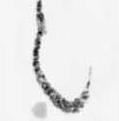
之